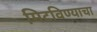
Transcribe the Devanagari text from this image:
मिटविण्याचा